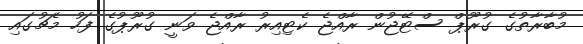
މުބާރާތުގެ ގުރޫޕް ސްޓޭޖުން ރާއްޖެ ކެޓިއިރު ރާއްޖެ ވަނީ ގުރޫޕުގެ ފަހު މެޗުގައި